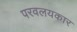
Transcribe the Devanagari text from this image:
परवलयकार